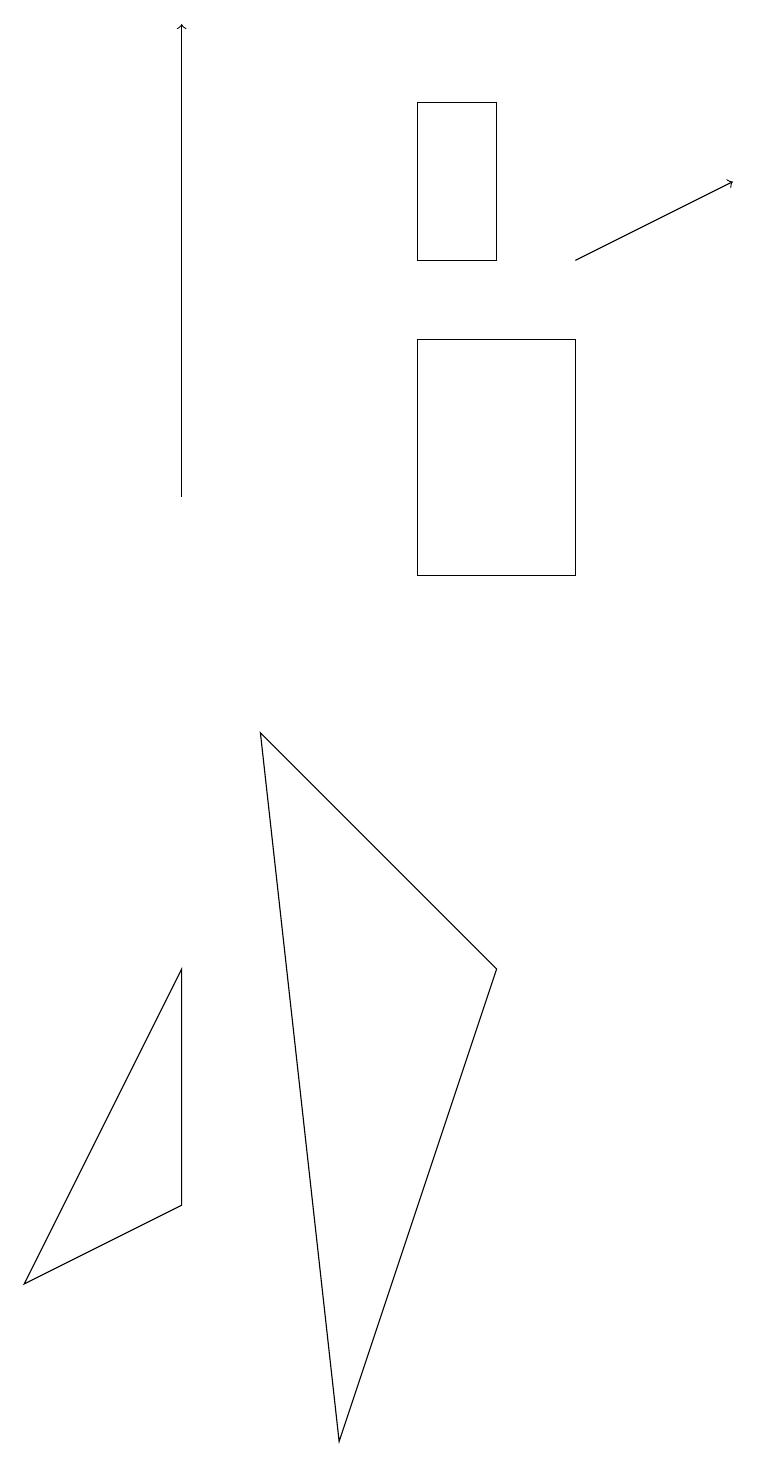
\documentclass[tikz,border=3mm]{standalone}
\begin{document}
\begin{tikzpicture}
\draw (0,2) -- (2,6) -- (2,3) -- cycle;
\draw (4,0) -- (3,9) -- (6,6) -- cycle;
\draw[->] (7,15) -- (9,16);
\draw[->] (2,12) -- (2,18);
\draw (6,17) rectangle (5,15);
\draw (7,11) rectangle (5,14);
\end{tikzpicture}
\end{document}